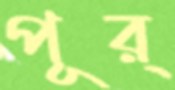
পূর্